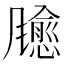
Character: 𫗃